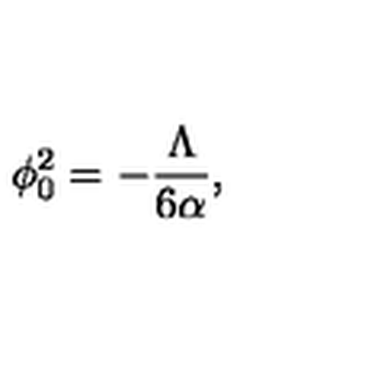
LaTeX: \phi _ { 0 } ^ { 2 } = - \frac { \Lambda } { 6 \alpha } ,